Madras plague regulations and rules - Volume 2
Disease focus: Plague
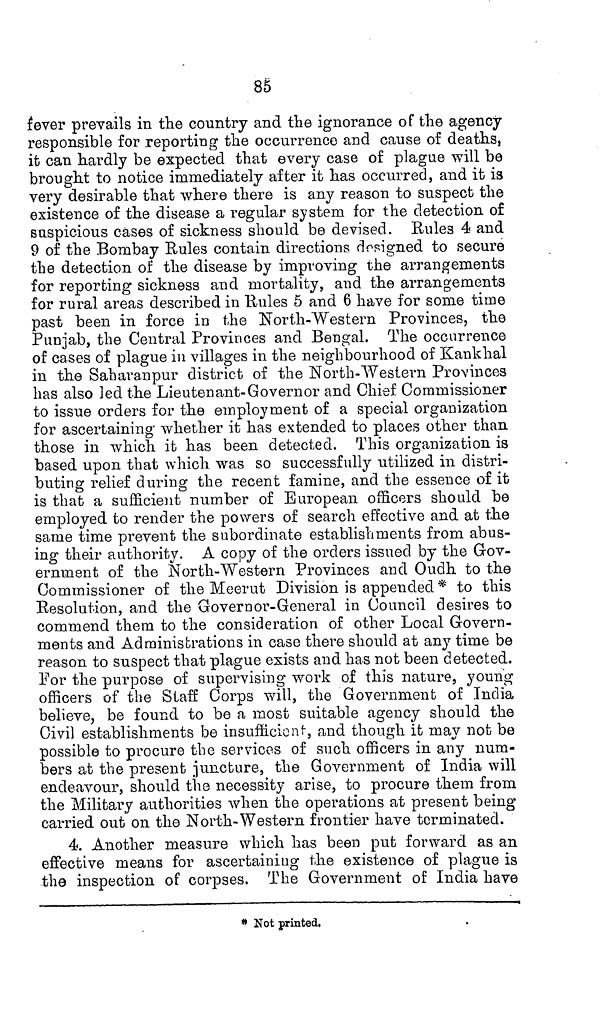
85
fever prevails in the country and the ignorance of the agency
responsible for reporting the occurrence and cause of deaths,
it can hardly be expected that every case of plague will be
brought to notice immediately after it has occurred, and it is
very desirable that where there is any reason to suspect the
existence of the disease a regular system for the detection of
suspicious cases of sickness should be devised. Rules 4 and
9 of the Bombay Rules contain directions designed to secure
the detection of the disease by improving the arrangements
for reporting sickness and mortality, and the arrangements
for rural areas described in Rules 5 and 6 have for some time
past been in force in the North-Western Provinces, the
Punjab, the Central Provinces and Bengal. The occurrence
of cases of plague in villages in the neighbourhood of Kankhal
in the Saharanpur district of the North-Western Provinces
has also led the Lieutenant-Governor and Chief Commissioner
to issue orders for the employment of a special organization
for ascertaining whether it has extended to places other than
those in which it has been detected. This organization is
based upon that which was so successfully utilized in distri-
buting relief during the recent famine, and the essence of it
is that a sufficient number of European officers should be
employed to render the powers of search effective and at the
same time prevent the subordinate establishments from abus-
ing their authority. A copy of the orders issued by the Gov-
ernment of the North-Western Provinces and Oudh to the
Commissioner of the Meerut Division is appended * to this
Resolution, and the Governor-General in Council desires to
commend them to the consideration of other Local Govern-
ments and Administrations in case there should at any time be
reason to suspect that plague exists and has not been detected.
For the purpose of supervising work of this nature, young
officers of the Staff Corps will, the Government of India
believe, be found to be a most suitable agency should the
Civil establishments be insufficient, and though it may not be
possible to procure the services of such officers in any num-
bers at the present juncture, the Government of India will
endeavour, should the necessity arise, to procure them from
the Military authorities when the operations at present being
carried out on the North-Western frontier have terminated.
4. Another measure which has been put forward as an
effective means for ascertaining the existence of plague is
the inspection of corpses. The Government of India have
* Not printed.